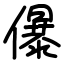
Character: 儤